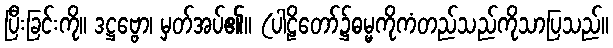
ပြီးခြင်းကို။ ဒဋ္ဌဗ္ဗော၊ မှတ်အပ်၏။ (ပါဠိတော်၌ဓမ္မကိုကံတည်သည်ကိုသာပြသည်။